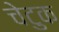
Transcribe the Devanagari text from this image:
चेटुक